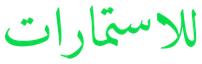
للاستمارات